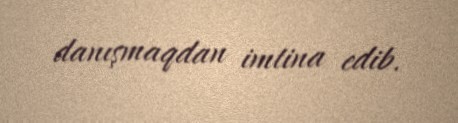
danışmaqdan imtina edib.